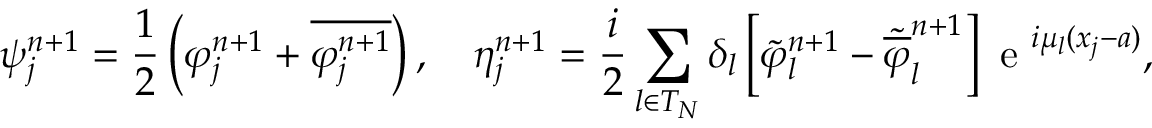
\psi _ { j } ^ { n + 1 } = \frac { 1 } { 2 } \left( \varphi _ { j } ^ { n + 1 } + \overline { { \varphi _ { j } ^ { n + 1 } } } \right) , \quad \eta _ { j } ^ { n + 1 } = \frac { i } { 2 } \sum _ { l \in { T } _ { N } } \delta _ { l } \left[ \widetilde { \varphi } _ { l } ^ { n + 1 } - \widetilde { \overline { { \varphi } } } _ { l } ^ { n + 1 } \right] \textrm { e } ^ { i \mu _ { l } ( x _ { j } - a ) } ,